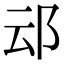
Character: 䢵